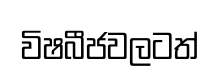
විෂබීජවලටත්